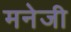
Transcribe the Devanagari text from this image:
मनेजी